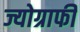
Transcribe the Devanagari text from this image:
ज्योग्राफी